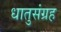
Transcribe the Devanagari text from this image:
धातुसंग्रह